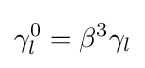
\gamma _{l}^{0}=\beta ^{3}\gamma _{l}